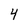
Character: 4